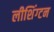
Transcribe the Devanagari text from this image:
लीशिंग्टन